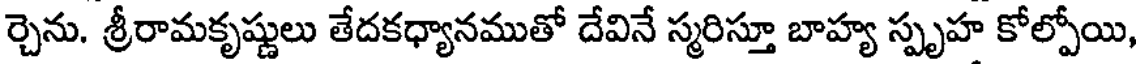
ర్చెను. శ్రీరామకృష్ణులు తేదకధ్యానముతో దేవినే స్మరిస్తూ బాహ్య స్పృహ కోల్పోయి,